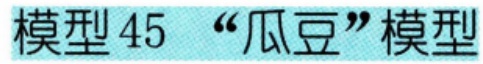
模型45 “瓜豆”模型